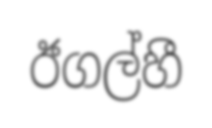
ඊගල්හී